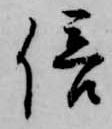
倍